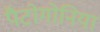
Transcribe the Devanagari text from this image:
पैटोगोनिया